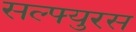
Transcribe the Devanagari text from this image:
सल्फ्युरस